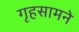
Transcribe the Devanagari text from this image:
गृहसामने